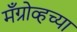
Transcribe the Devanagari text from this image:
मँग्रोव्हच्या